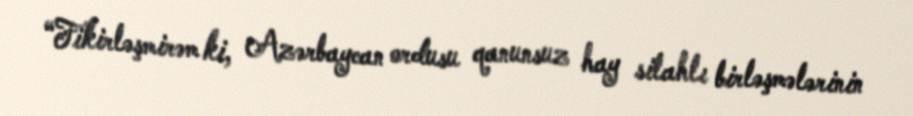
“Fikirləşmirəm ki, Azərbaycan ordusu qanunsuz hay silahlı birləşmələrinin